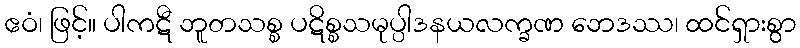
ဧဝံ၊ ဖြင့်။ ပါကဋီ ဘူတသစ္စ ပဋိစ္စသမုပ္ပါဒနယလက္ခဏ ဘေဒဿ၊ ထင်ရှားစွာ